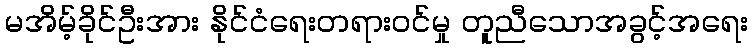
မအိမ့်ခိုင်ဦးအား နိုင်ငံရေးတရားဝင်မှု တူညီသောအခွင့်အရေး